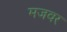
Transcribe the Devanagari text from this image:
मजवर